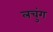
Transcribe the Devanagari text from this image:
लचुंग